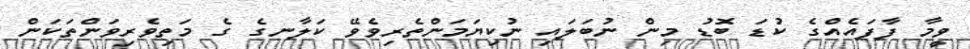
ވީމާ ފާފައެއްގެ ކުޑަ ބޮޑު މިން ނުބަލައި ނުކިޔަމަންތެރިވެވޭ ކަލާނގެ ގެ މަތިވެރިވަންތަކަން